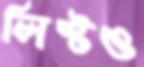
লিস্টও